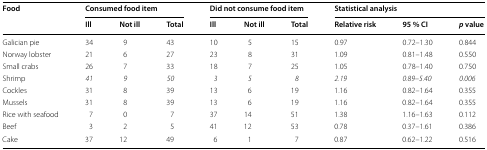
<table><thead><tr><td rowspan="2"><b>Food</b></td><td colspan="3"><b>Consumed food item</b></td><td colspan="3"><b>Did not consume food item</b></td><td colspan="3"><b>Statistical analysis</b></td></tr><tr><td><b>Ill</b></td><td><b>Not ill</b></td><td><b>Total</b></td><td><b>Ill</b></td><td><b>Not ill</b></td><td><b>Total</b></td><td><b>Relative risk</b></td><td><b>95 % CI</b></td><td><b><i>p</i> value</b></td></tr></thead><tbody><tr><td>Galician pie</td><td>34</td><td>9</td><td>43</td><td>10</td><td>5</td><td>15</td><td>0.97</td><td>0.72–1.30</td><td>0.844</td></tr><tr><td>Norway lobster</td><td>21</td><td>6</td><td>27</td><td>23</td><td>8</td><td>31</td><td>1.09</td><td>0.81–1.48</td><td>0.550</td></tr><tr><td>Small crabs</td><td>26</td><td>7</td><td>33</td><td>18</td><td>7</td><td>25</td><td>1.05</td><td>0.78–1.40</td><td>0.750</td></tr><tr><td>Shrimp</td><td><i>41</i></td><td><i>9</i></td><td><i>50</i></td><td><i>3</i></td><td><i>5</i></td><td><i>8</i></td><td><i>2.19</i></td><td><i>0.89</i>–<i>5.40</i></td><td><i>0.006</i></td></tr><tr><td>Cockles</td><td>31</td><td>8</td><td>39</td><td>13</td><td>6</td><td>19</td><td>1.16</td><td>0.82–1.64</td><td>0.355</td></tr><tr><td>Mussels</td><td>31</td><td>8</td><td>39</td><td>13</td><td>6</td><td>19</td><td>1.16</td><td>0.82–1.64</td><td>0.355</td></tr><tr><td>Rice with seafood</td><td>7</td><td>0</td><td>7</td><td>37</td><td>14</td><td>51</td><td>1.38</td><td>1.16–1.63</td><td>0.112</td></tr><tr><td>Beef</td><td>3</td><td>2</td><td>5</td><td>41</td><td>12</td><td>53</td><td>0.78</td><td>0.37–1.61</td><td>0.386</td></tr><tr><td>Cake</td><td>37</td><td>12</td><td>49</td><td>6</td><td>1</td><td>7</td><td>0.87</td><td>0.62–1.22</td><td>0.516</td></tr></tbody></table>